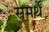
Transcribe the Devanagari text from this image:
समर्थें